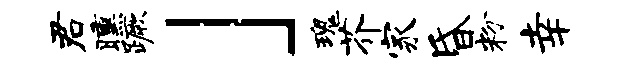
君曛蹶」瑰芥家昏粉幸